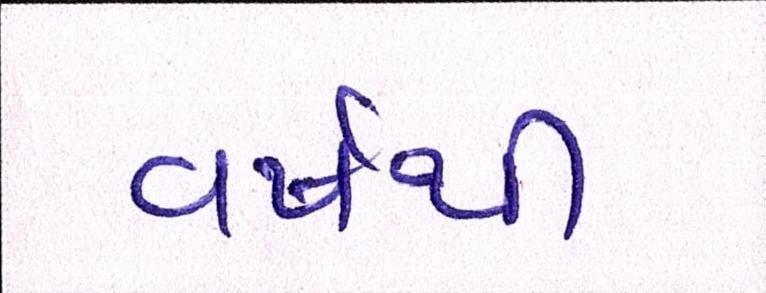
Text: વર્ષથી